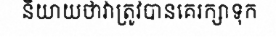
និយាយថាវាត្រូវបានគេរក្សាទុក